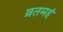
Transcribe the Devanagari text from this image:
व्रतमहं